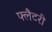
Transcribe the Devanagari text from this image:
फ्लैटरी